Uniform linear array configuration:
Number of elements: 12
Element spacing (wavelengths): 0.75
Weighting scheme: blackman
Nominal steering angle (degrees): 45
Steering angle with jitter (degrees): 44.945
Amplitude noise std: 0.05
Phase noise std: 0.05

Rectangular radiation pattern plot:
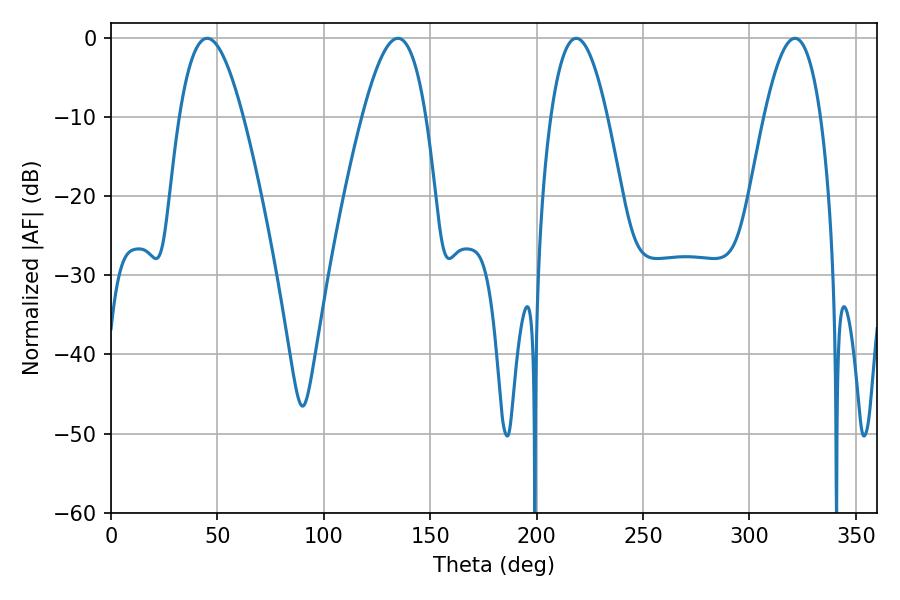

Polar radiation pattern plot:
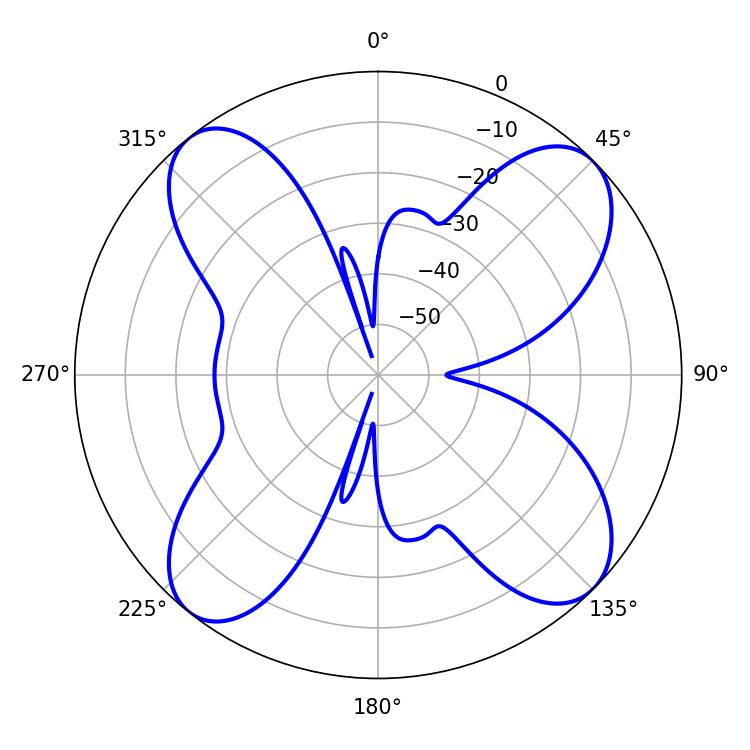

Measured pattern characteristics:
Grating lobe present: TRUE
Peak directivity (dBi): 13.279
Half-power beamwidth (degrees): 16.2
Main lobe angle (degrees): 45.18